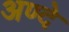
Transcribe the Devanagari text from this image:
अण्दे